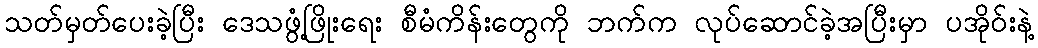
သတ်မှတ်ပေးခဲ့ပြီး ဒေသဖွံ့ဖြိုးရေး စီမံကိန်းတွေကို ဘက်က လုပ်ဆောင်ခဲ့အပြီးမှာ ပအိုဝ်းနဲ့